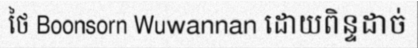
ថៃ Boonsorn Wuwannan ដោយពិន្ទដាច់